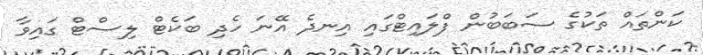
ކަންތައް ތަކުގެ ސަބަބުން ފްލައިޓްގައި އިނދެ އޭނަ ހެދި ބަކެޓް ލިސްޓް ގައިވާ